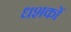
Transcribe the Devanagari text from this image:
धशकों